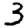
Digit: 3